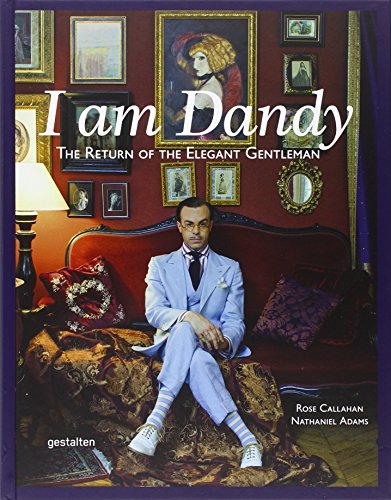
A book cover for I Am Dandy: The Return of the Elegant Gentleman; Nathaniel Adams; Humor & Entertainment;